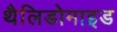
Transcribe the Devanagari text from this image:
थैलिडोमाइड